Indian journal of veterinary science and animal husbandry - Volumes 26-27, 1956-1957
Year: 1956
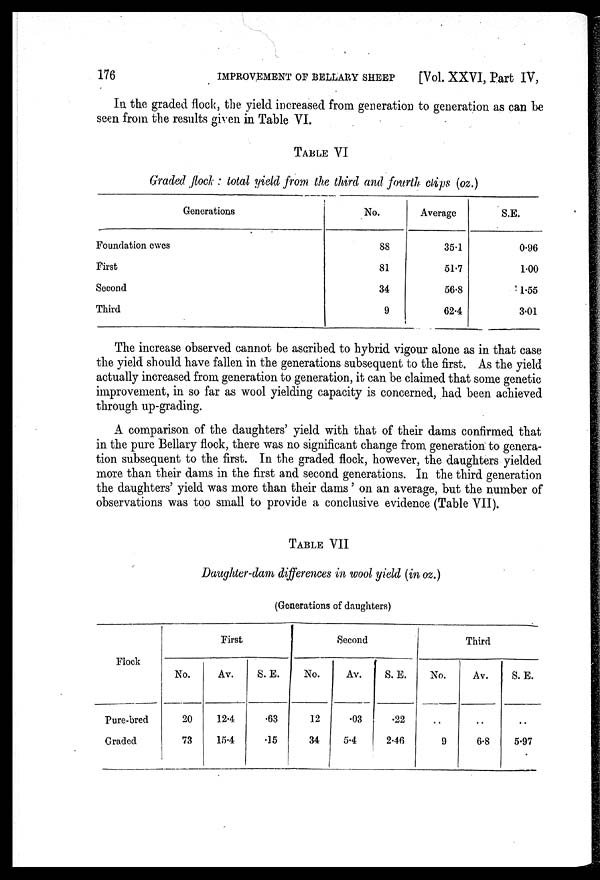
176
IMPROVEMENT OF BELLARY SHEEP
[Vol. XXVI, Part IV,
In the graded flock, the yield increased from generation to generation as can be
seen from the results given in Table VI.
TABLE VI
Graded flock : total yield from the third and fourth clips (oz.)
Generations
Foundation ewes
First
Second
Third
No.
88
81
34
9
Average
35.1
51.7
56.8
62.4
S.E.
0.96
1.00
1.55
3.01
The increase observed cannot be ascribed to hybrid vigour alone as in that case
the yield should have fallen in the generations subsequent to the first. As the yield
actually increased from generation to generation, it can be claimed that some genetic
improvement, in so far as wool yielding capacity is concerned, had been achieved
through up-grading.
A comparison of the daughters' yield with that of their dams confirmed that
in the pure Bellary flock, there was no significant change from generation to genera-
tion subsequent to the first. In the graded flock, however, the daughters yielded
more than their dams in the first and second generations. In the third generation
the daughters' yield was more than their dams ' on an average, but the number of
observations was too small to provide a conclusive evidence (Table VII).
TABLE VII
Daughter-dam differences in wool yield (in oz.)
(Generations of daughters)
Flock
Pure-bred
Graded
First
No.
20
73
Av.
12.4
15.4
S. E.
.63
.15
Second
No.
12
34
Av.
.03
5.4
S. E.
.22
2.46
Third
No.
..
9
Av.
..
6.8
S. E.
..
5.97